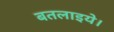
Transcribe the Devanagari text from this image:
बतलाइये।